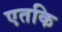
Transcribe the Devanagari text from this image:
एतकि